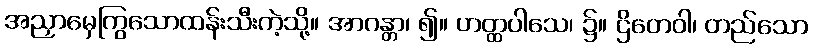
အညှာမှေကြွသောထန်းသီးကဲ့သို့။ အာဂန္တာ၊ ၍။ ဟတ္ထပါသေ၊ ၌။ ဌိတေဝါ၊ တည်သော